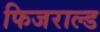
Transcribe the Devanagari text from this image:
फिजराल्ड